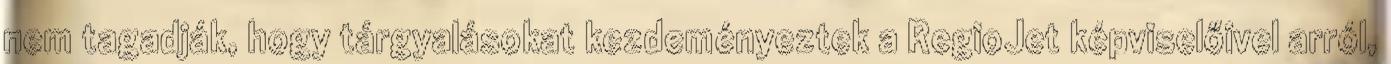
nem tagadják, hogy tárgyalásokat kezdeményeztek a RegioJet képviselőivel arról,